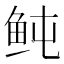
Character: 鲀